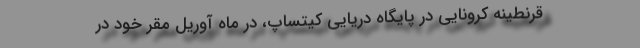
قرنطینه کرونایی در پایگاه دریایی کیتساپ، در ماه آوریل مقر خود در